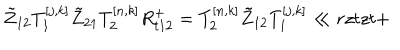
\tilde { Z } _ { 1 2 } T _ { 1 } ^ { [ j , k ] } \tilde { Z } _ { 2 1 } T _ { 2 } ^ { [ n , k ] } { R } _ { t 1 2 } ^ { + } = T _ { 2 } ^ { [ n , k ] } \tilde { Z } _ { 1 2 } T _ { 1 } ^ { [ j , k ] } \ll { r z t z t + }